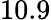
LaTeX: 10.9